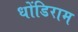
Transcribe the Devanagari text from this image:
धोंडिराम